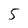
Character: 5